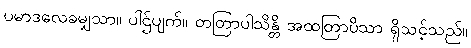
ပမာဒလေခမျှသာ။ ပါဌ်ပျက်။ တတြာပါသိန္တိ အထတြာပိသာ ရှိသင့်သည်။